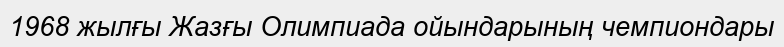
1968 жылғы Жазғы Олимпиада ойындарының чемпиондары